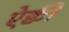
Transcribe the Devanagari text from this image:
ऐक्वी